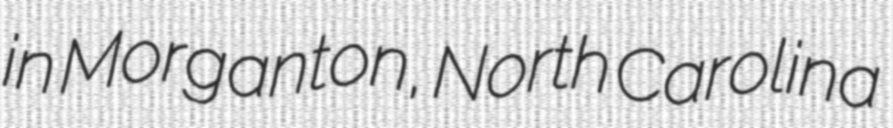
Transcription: in Morganton, North Carolina